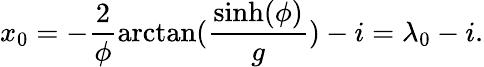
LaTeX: x_{0}=-\frac{2}{\phi}\arctan(\frac{\sinh(\phi)}{g})-i=\lambda_{0}-i.